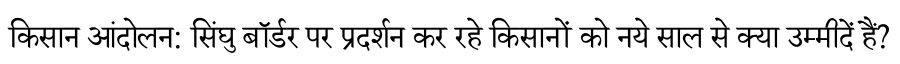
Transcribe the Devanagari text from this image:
किसान आंदोलन: सिंघु बॉर्डर पर प्रदर्शन कर रहे किसानों को नये साल से क्या उम्मीदें हैं?